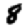
Digit: 8